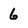
Character: 6